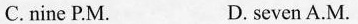
C.nine P.M. D. seven A.M.